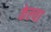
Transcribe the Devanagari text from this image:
केल्‍या